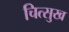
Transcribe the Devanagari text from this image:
चित्सुख